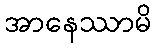
အာနေဿာမိ